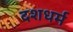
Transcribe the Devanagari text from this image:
दशधर्म